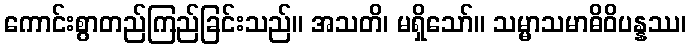
ကောင်းစွာတည်ကြည်ခြင်းသည်။ အသတိ၊ မရှိသော်။ သမ္မာသမာဓိဝိပန္နဿ၊